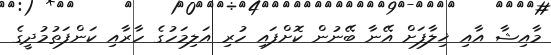
މާއިޝާ އާއި ޚިލާފަށް އޭނާ ބޭނުން ކޮށްފައި ހުރި އަލިމަހުގެ ހާރާއި ކަންފަތުމުދީގެ